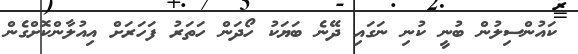
ކައުންސިލުން ބުނީ ކުނި ނަގައި ދޭނެ ބަޔަކު ހޯދަން ހަތަރު ފަހަރަށް އިއުލާންކޮށްގެން